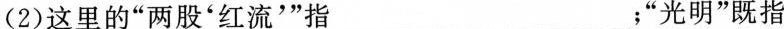
(2)这里的”两股'红流'”指___；”光明”既指